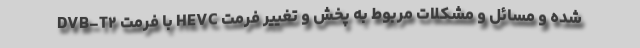
شده و مسائل و مشکلات مربوط به پخش و تغییر فرمت HEVC با فرمت DVB-T۲